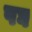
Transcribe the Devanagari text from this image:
पघ